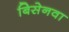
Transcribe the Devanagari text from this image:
बिसेनवा